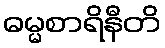
ဓမ္မစာရိနီတိ